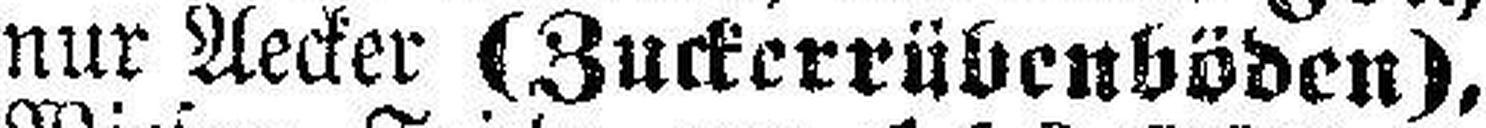
nur Aecker (Zuckerrübenböden),